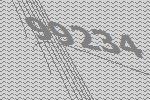
99234